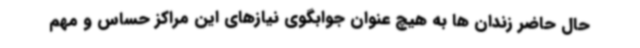
حال حاضر زندان ها به هیچ عنوان جوابگوی نیازهای این مراکز حساس و مهم